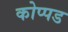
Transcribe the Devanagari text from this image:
कोप्पड